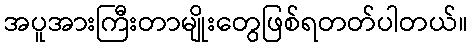
အပူအားကြီးတာမျိုးတွေဖြစ်ရတတ်ပါတယ်။